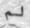
لم